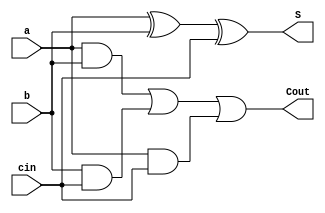
`timescale 1ns / 1ps
//////////////////////////////////////////////////////////////////////////////////
// Company: 
// Engineer: 
// 
// Design Name: 
// Module Name: fulladder
// Project Name: 
// Target Devices: 
// Tool Versions: 
// Description: 
// 
// Dependencies: 
// 
// Revision:
// Revision 0.01 - File Created
// Additional Comments:
// 
//////////////////////////////////////////////////////////////////////////////////


module fulladder(input a, b, cin, output S, Cout);
  assign S = a ^ b ^ cin;
  assign Cout = (a & b) | (b & cin) | (a & cin);
endmodule